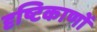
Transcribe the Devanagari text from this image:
दृष्टिकाणों